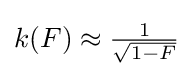
{\textstyle k(F)\approx {\frac {1}{\sqrt {1-F}}}}